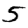
Digit: 5